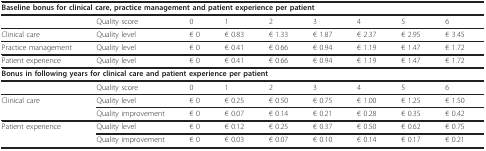
<table><thead><tr><td colspan="9"><b>Baseline bonus for clinical care, practice management and patient experience per patient</b></td></tr></thead><tbody><tr><td></td><td>Quality score</td><td>0</td><td>1</td><td>2</td><td>3</td><td>4</td><td>5</td><td>6</td></tr><tr><td>Clinical care</td><td>Quality level</td><td>€ 0</td><td>€ 0.83</td><td>€ 1.33</td><td>€ 1.87</td><td>€ 2.37</td><td>€ 2.95</td><td>€ 3.45</td></tr><tr><td>Practice management</td><td>Quality level</td><td>€ 0</td><td>€ 0.41</td><td>€ 0.66</td><td>€ 0.94</td><td>€ 1.19</td><td>€ 1.47</td><td>€ 1.72</td></tr><tr><td>Patient experience</td><td>Quality level</td><td>€ 0</td><td>€ 0.41</td><td>€ 0.66</td><td>€ 0.94</td><td>€ 1.19</td><td>€ 1.47</td><td>€ 1.72</td></tr><tr><td colspan="9"><b>Bonus in following years for clinical care and patient experience per patient</b></td></tr><tr><td></td><td>Quality score</td><td>0</td><td>1</td><td>2</td><td>3</td><td>4</td><td>5</td><td>6</td></tr><tr><td>Clinical care</td><td>Quality level</td><td>€ 0</td><td>€ 0.25</td><td>€ 0.50</td><td>€ 0.75</td><td>€ 1.00</td><td>€ 1.25</td><td>€ 1.50</td></tr><tr><td></td><td>Quality improvement</td><td>€ 0</td><td>€ 0.07</td><td>€ 0.14</td><td>€ 0.21</td><td>€ 0.28</td><td>€ 0.35</td><td>€ 0.42</td></tr><tr><td>Patient experience</td><td>Quality level</td><td>€ 0</td><td>€ 0.12</td><td>€ 0.25</td><td>€ 0.37</td><td>€ 0.50</td><td>€ 0.62</td><td>€ 0.75</td></tr><tr><td></td><td>Quality improvement</td><td>€ 0</td><td>€ 0.03</td><td>€ 0.07</td><td>€ 0.10</td><td>€ 0.14</td><td>€ 0.17</td><td>€ 0.21</td></tr></tbody></table>